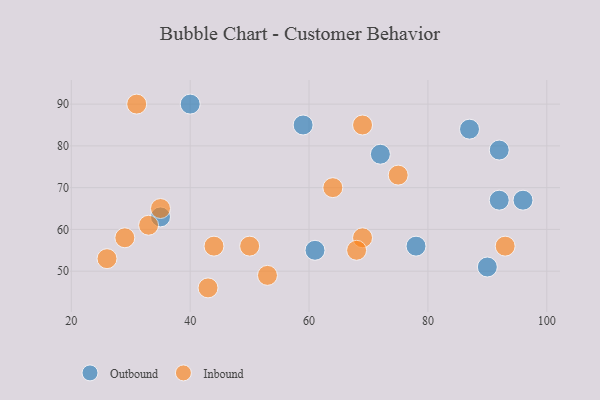
{"axis": {"x": "GDP", "y": "Life Expectancy"}, "legend": ["Inbound", "Outbound"], "data": [{"x": "87", "y": 84, "type": "Outbound"}, {"x": "96", "y": 67, "type": "Outbound"}, {"x": "59", "y": 85, "type": "Outbound"}, {"x": "72", "y": 78, "type": "Outbound"}, {"x": "90", "y": 51, "type": "Outbound"}, {"x": "92", "y": 79, "type": "Outbound"}, {"x": "78", "y": 56, "type": "Outbound"}, {"x": "40", "y": 90, "type": "Outbound"}, {"x": "61", "y": 55, "type": "Outbound"}, {"x": "35", "y": 63, "type": "Outbound"}, {"x": "92", "y": 67, "type": "Outbound"}, {"x": "43", "y": 46, "type": "Inbound"}, {"x": "33", "y": 61, "type": "Inbound"}, {"x": "53", "y": 49, "type": "Inbound"}, {"x": "69", "y": 58, "type": "Inbound"}, {"x": "50", "y": 56, "type": "Inbound"}, {"x": "93", "y": 56, "type": "Inbound"}, {"x": "68", "y": 55, "type": "Inbound"}, {"x": "75", "y": 73, "type": "Inbound"}, {"x": "31", "y": 90, "type": "Inbound"}, {"x": "29", "y": 58, "type": "Inbound"}, {"x": "69", "y": 85, "type": "Inbound"}, {"x": "44", "y": 56, "type": "Inbound"}, {"x": "26", "y": 53, "type": "Inbound"}, {"x": "64", "y": 70, "type": "Inbound"}, {"x": "35", "y": 65, "type": "Inbound"}]}